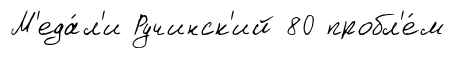
М'еда́л'и Ручинск'ий 80 пробл'е́м